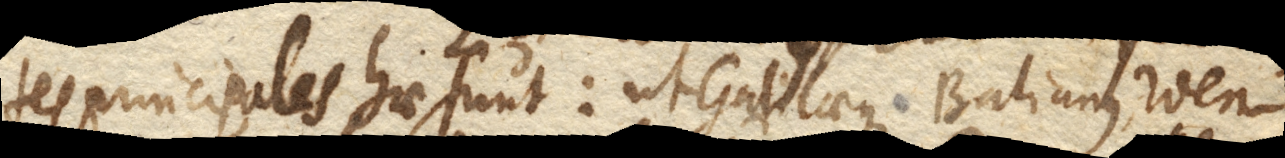
tes principales hae sunt: ut Galilaeus, Balianus, Wen–